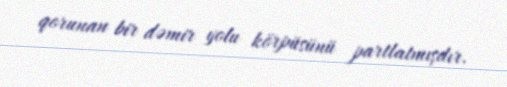
qorunan bir dəmir yolu körpüsünü partlatmışdır.